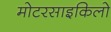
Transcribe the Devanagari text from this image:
मोटरसाइकिलो